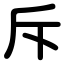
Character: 斥